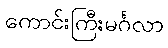
ကောင်းကြီးမင်္ဂလာ